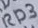
Text: RD3